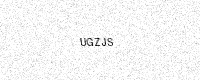
Text: UGZJS